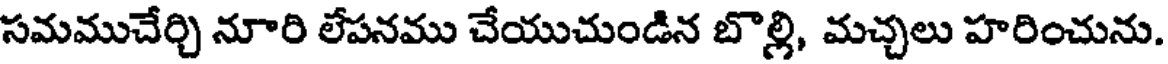
సమముచేర్చి నూరి లేపనము చేయుచుండిన బొల్లి, మచ్చలు హరించును.